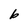
Character: b